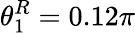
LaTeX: \theta_{1}^{R}=0.12\pi